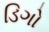
ડિગો